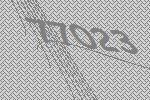
77023